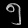
Digit: ၅